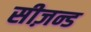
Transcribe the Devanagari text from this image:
सीज़न्ड